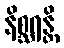
နိစ္ဆရန္တိ